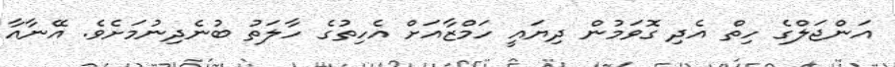
އަންޖަލްގެ ހިތް އެދި ގޮވަމުން ދިޔައީ ހަމްޒާއަށް އެހިތުގެ ހާލަތު ބުނެދިނުމަށެވެ. އޭނާއާ